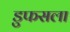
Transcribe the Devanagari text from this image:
डुफसला